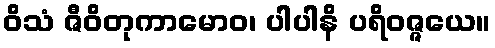
ဝိသံ ဇီဝိတုကာမောဝ၊ ပါပါနိ ပရိဝဇ္ဇယေ။